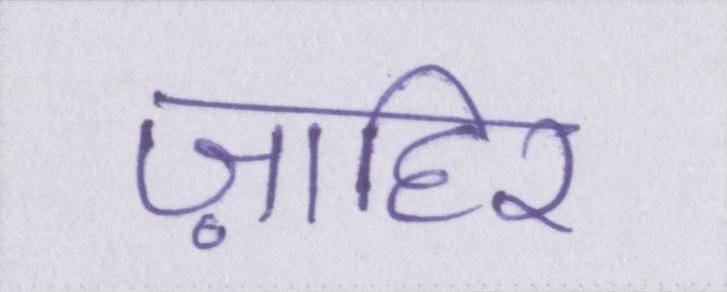
ज़ाहिर